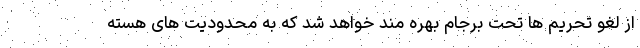
از لغو تحریم ها تحت برجام بهره مند خواهد شد که به محدودیت های هسته